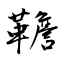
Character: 韂